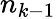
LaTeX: n_{k-1}